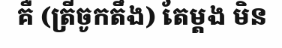
គឺ (ត្រីចូកតឹង) តែម្តង មិន